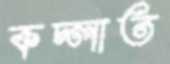
কচ্‌লাত